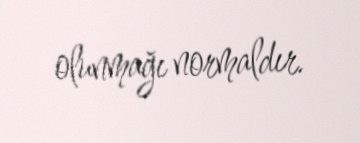
olunmağı normaldır.